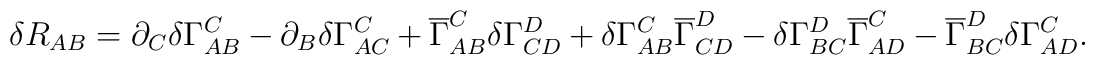
\delta R_{AB} = \partial_{C} \delta \Gamma_{A B}^{C} - \partial_{B} \delta \Gamma_{A C}^{C} + \overline{\Gamma}_{A B}^{C} \delta \Gamma_{ C D}^{D} +  \delta\Gamma_{A B}^{C} \overline{\Gamma}_{ C D}^{D}- \delta\Gamma_{B C}^{D} \overline{\Gamma}_{A D}^{C} - \overline{\Gamma}_{B C}^{D} \delta\Gamma_{A D}^{C}.